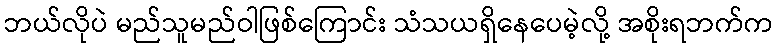
ဘယ်လိုပဲ မည်သူမည်ဝါဖြစ်ကြောင်း သံသယရှိနေပေမဲ့လို့ အစိုးရဘက်က